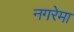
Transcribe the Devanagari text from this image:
नगरेमा